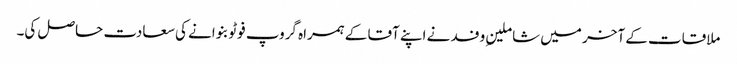
ملاقات کے آخر میں شاملینِ وفد نے اپنے آقا کے ہمراہ گروپ فوٹو بنوانے کی سعادت حاصل کی۔